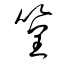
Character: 篁